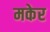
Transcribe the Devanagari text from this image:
मकेर